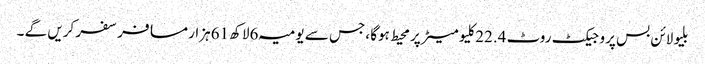
بلیو لائن بس پروجیکٹ روٹ 22.4کلیو میٹر پر محیط ہوگا ،جس سے یومیہ 6لاکھ 61ہزار مسافر سفر کریں گے ۔